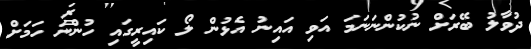
ދުވާލު ބޭރަށް ނުކުންނަނަމަ އަވި އައިނު އެޅުން ލޯ ކައިރީގައި ހުންނަ ހަމަށް